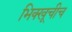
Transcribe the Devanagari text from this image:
भिक्खूचीच